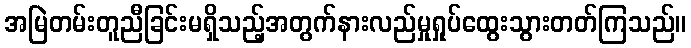
အမြဲတမ်းတူညီခြင်းမရှိသည့်အတွက်နားလည်မှုရှုပ်ထွေးသွားတတ်ကြသည်။